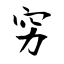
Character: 穷